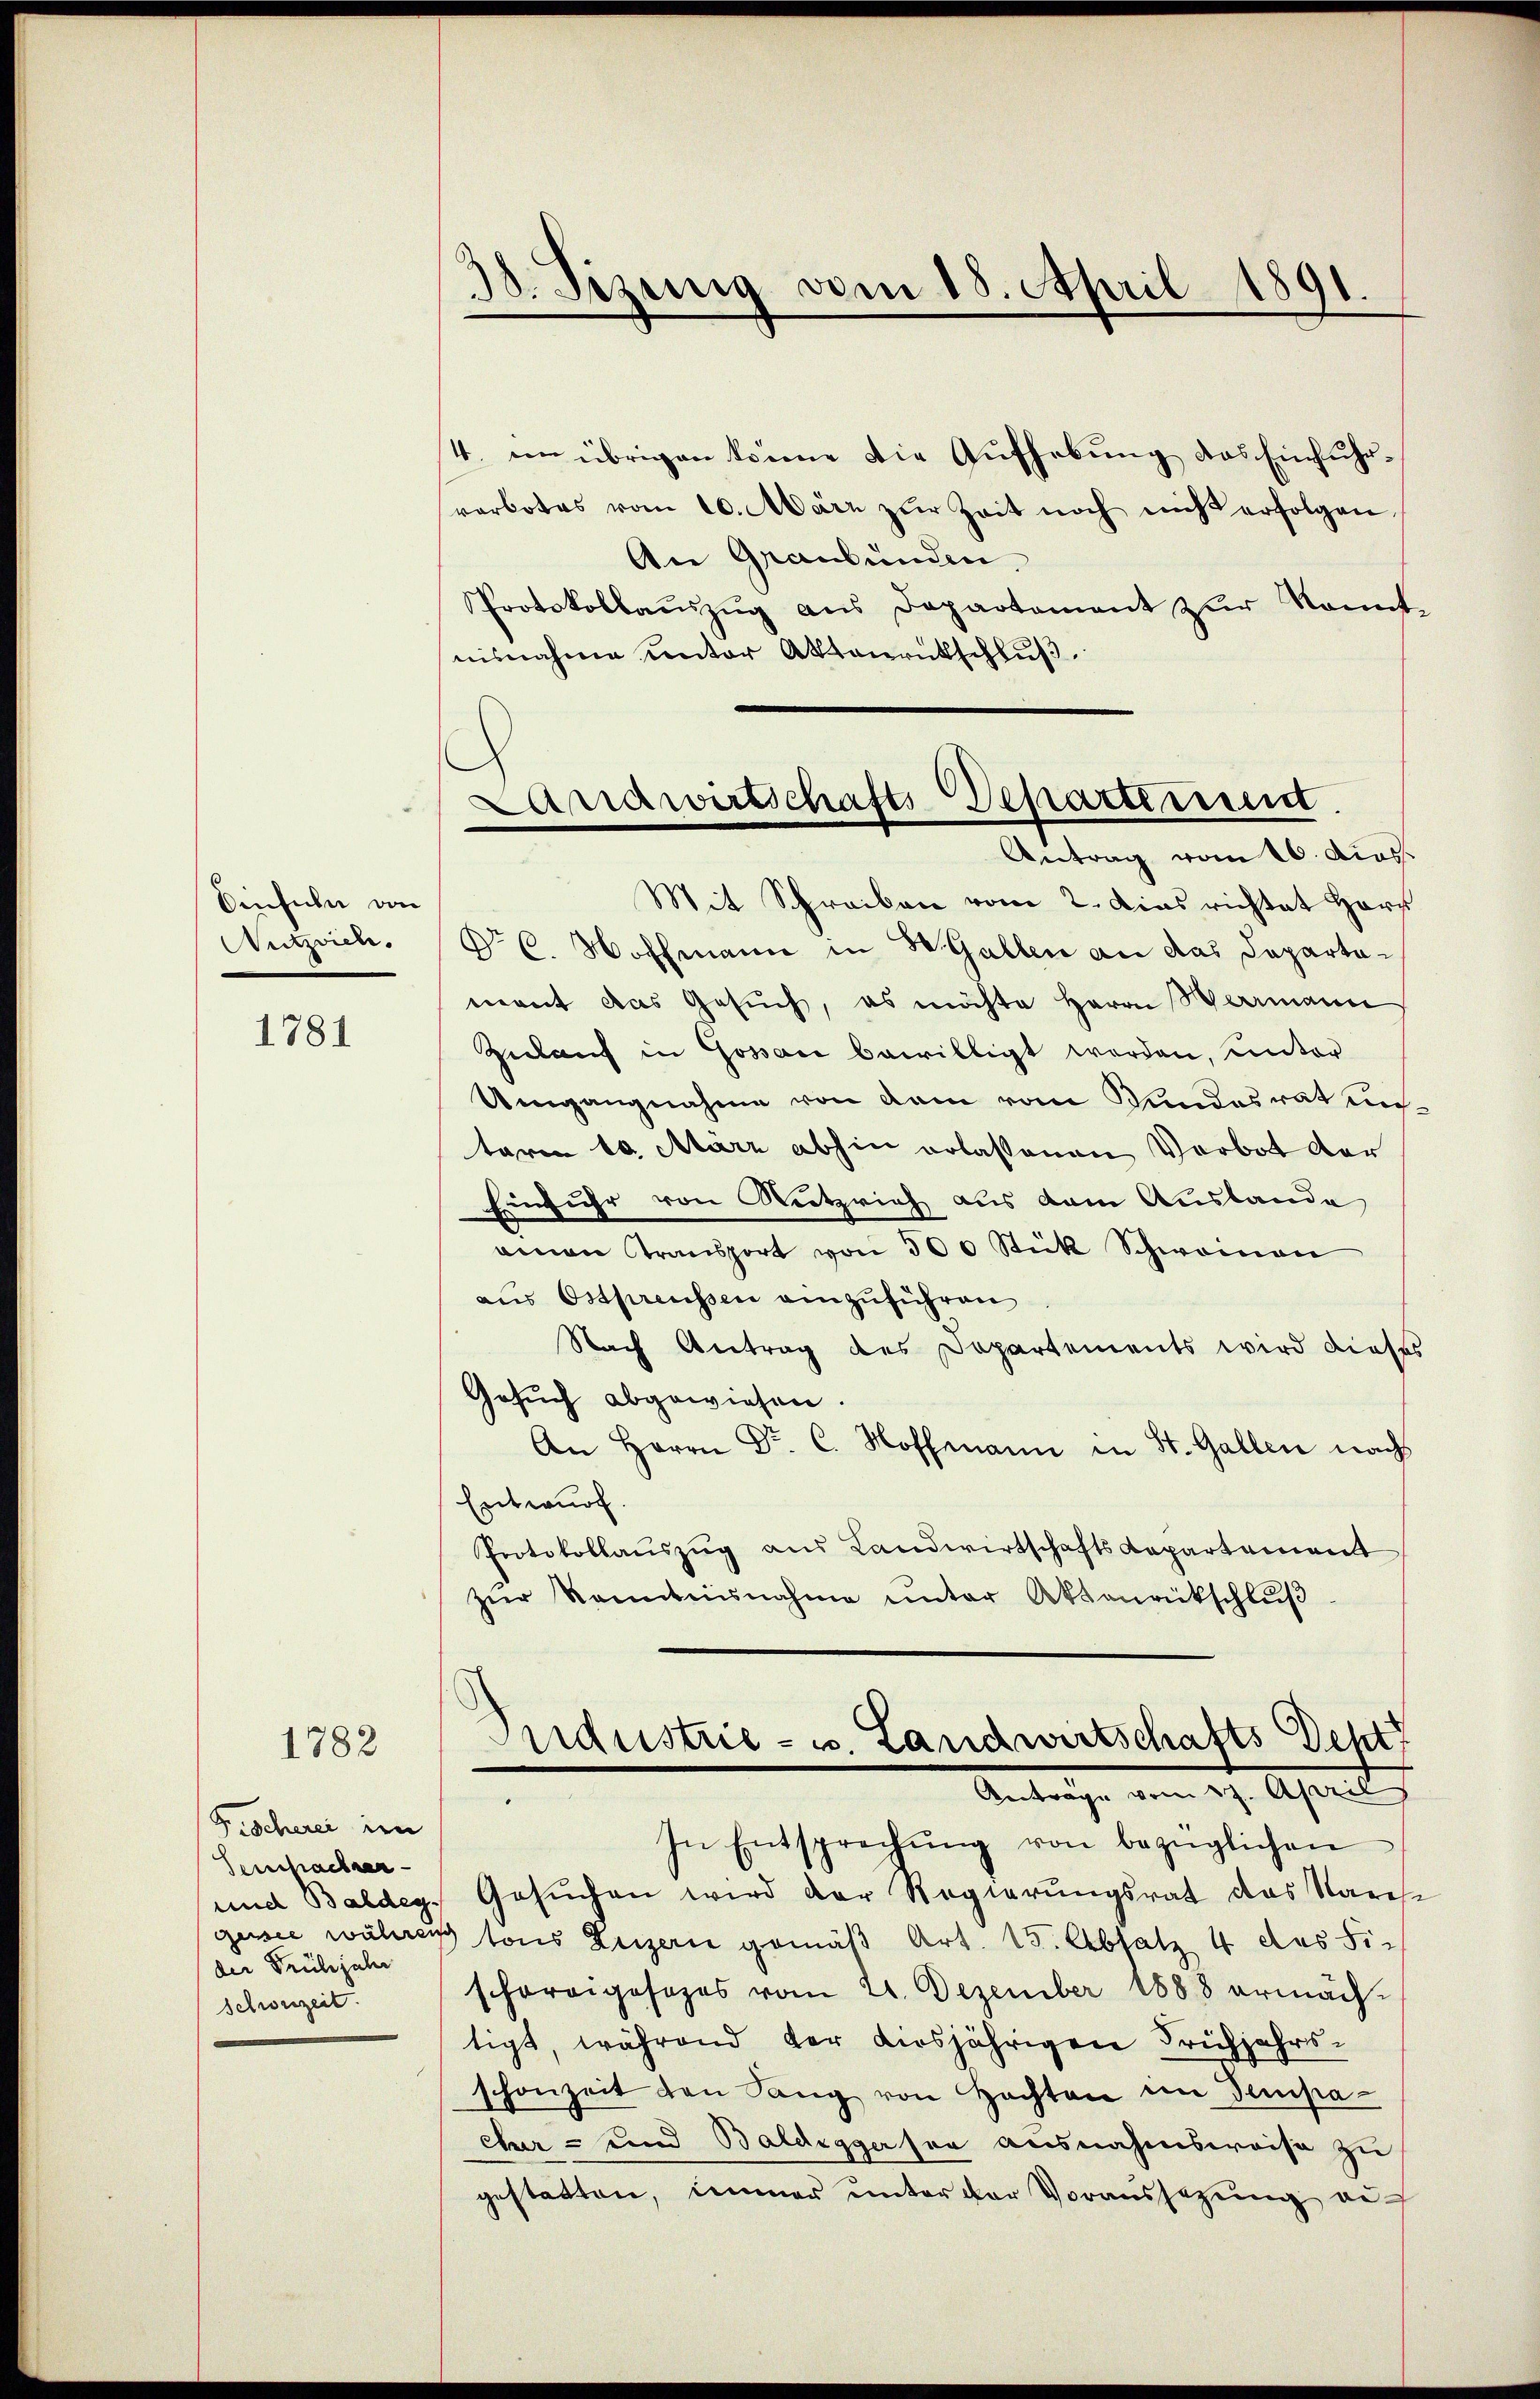
Einfuln von
Nutznien.

1781

1782

Fischerei im
Sempacher
der Frühjahr
schonzeit.

38. Sizung vom 15. April 1891
.

4. ein übrigen könne die Aufhebung das Einfuhrverbotes vom 10. März zŭr Zeit noch nicht erfolgen
An Graubünden,
Protokollaŭszŭg aŭs Departament zŭr kannt-
nisnahme unter Aktenrutschluß
Mit Schreiben vom 2. Dies richtet Herr
Nr C. Hoffmann in W. Gallen an das Capartamant das Gesuch, es möchte Herrn Hermann
Zukauf in Gossau bewilligt worden, unter
Umgangnahme von dem vom Sandesrat untaren 10. März abhin erlassenen Verbot der
Einfuhr von Nutzrich aus dem Auslande
einen Gransport von 300 Stück Schweinen
aus Ostpreussen einzuführen
Nach Antrag des Departements wird dieses
Gesuch abgewiesen.
An Herrn Dr. C. Hoffmann in St. Gallen nach
Entwurf.
Protokollauszug aus Landwirtschafts Repartement
zŭr Kenntnisnahme unter Aktenrückschlŭβ

Landwirtschafts-Departiren.
Antrag vom 16. dies

Industrie - u. Landwirtschafts Dept
Antrage vom 17. April
In Entsprechŭng von bezüglichen

und Baldeg. Gesŭchen wird der Regierungsrat das Vares
gussee währen tous Luzern gemäß Art. 15. Absatz 4 des Fischorrigesezes vom 21. Dezember 1888 ermächtigt, während der diesjährigen Frühjahrsschonzeit den Sang von Hochten im Sempa
chur- und Baldeggerson ausnahmsweise zu
gestatten, immer ŭnter der Voraussetzŭng au